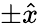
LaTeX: \pm\hat{x}